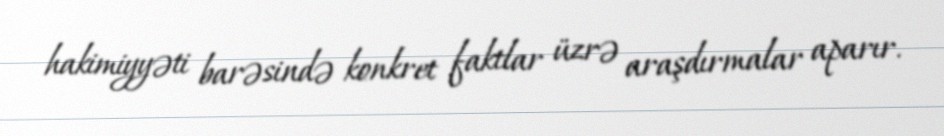
hakimiyyəti barəsində konkret faktlar üzrə araşdırmalar aparır.